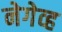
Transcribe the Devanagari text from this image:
नेगेव्ह